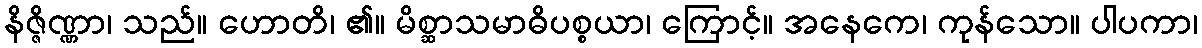
နိဇ္ဇိဏ္ဏာ၊ သည်။ ဟောတိ၊ ၏။ မိစ္ဆာသမာဓိပစ္စယာ၊ ကြောင့်။ အနေကေ၊ ကုန်သော။ ပါပကာ၊